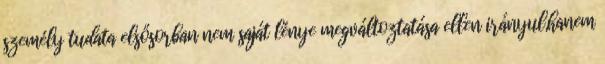
személy tudata elsősorban nem saját lénye megváltoztatása ellen irányul,hanem